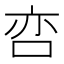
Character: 𱒢